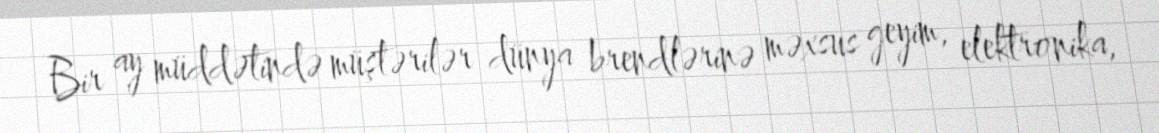
Bir ay müddətində müştərilər dünya brendlərinə məxsus geyim, elektronika,